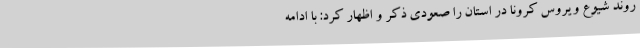
روند شیوع ویروس کرونا در استان را صعودی ذکر و اظهار کرد: با ادامه